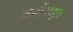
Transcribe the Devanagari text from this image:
आर्थ्रोपॉड्स